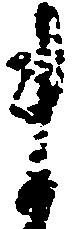
ま